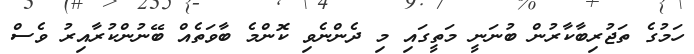
ހަމުގެ ތަޖުރިބާކާރުން ބުނަނީ މަތީގައި މި ދެންނެވި ކޮންމެ ބާވަތެއް ބޭނުންކުރާއިރު ވެސް